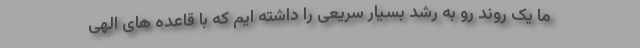
ما یک روند رو به رشد بسیار سریعی را داشته ایم که با قاعده های الهی